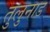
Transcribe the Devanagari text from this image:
तुलुनाड